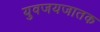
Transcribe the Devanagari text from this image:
युवजयजातक